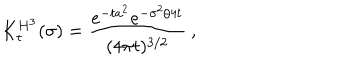
K _ { t } ^ { H ^ { 3 } } ( \sigma ) = \frac { e ^ { - t a ^ { 2 } } e ^ { - \sigma ^ { 2 } / 4 t } } { ( 4 \pi t ) ^ { 3 / 2 } } \: , \nonumber